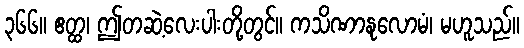
၃၆၆။ ဧတ္ထ၊ ဤတဆဲ့လေးပါးတို့တွင်။ ကသိဏာနုလောမံ၊ မဟူသည်။